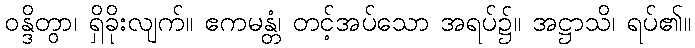
ဝန္ဒိတွာ၊ ရှိခိုးလျက်။ ဧကမန္တံ၊ တင့်အပ်သော အရပ်၌။ အဋ္ဌာသိ၊ ရပ်၏။